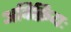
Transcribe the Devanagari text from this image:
अविक्रियः